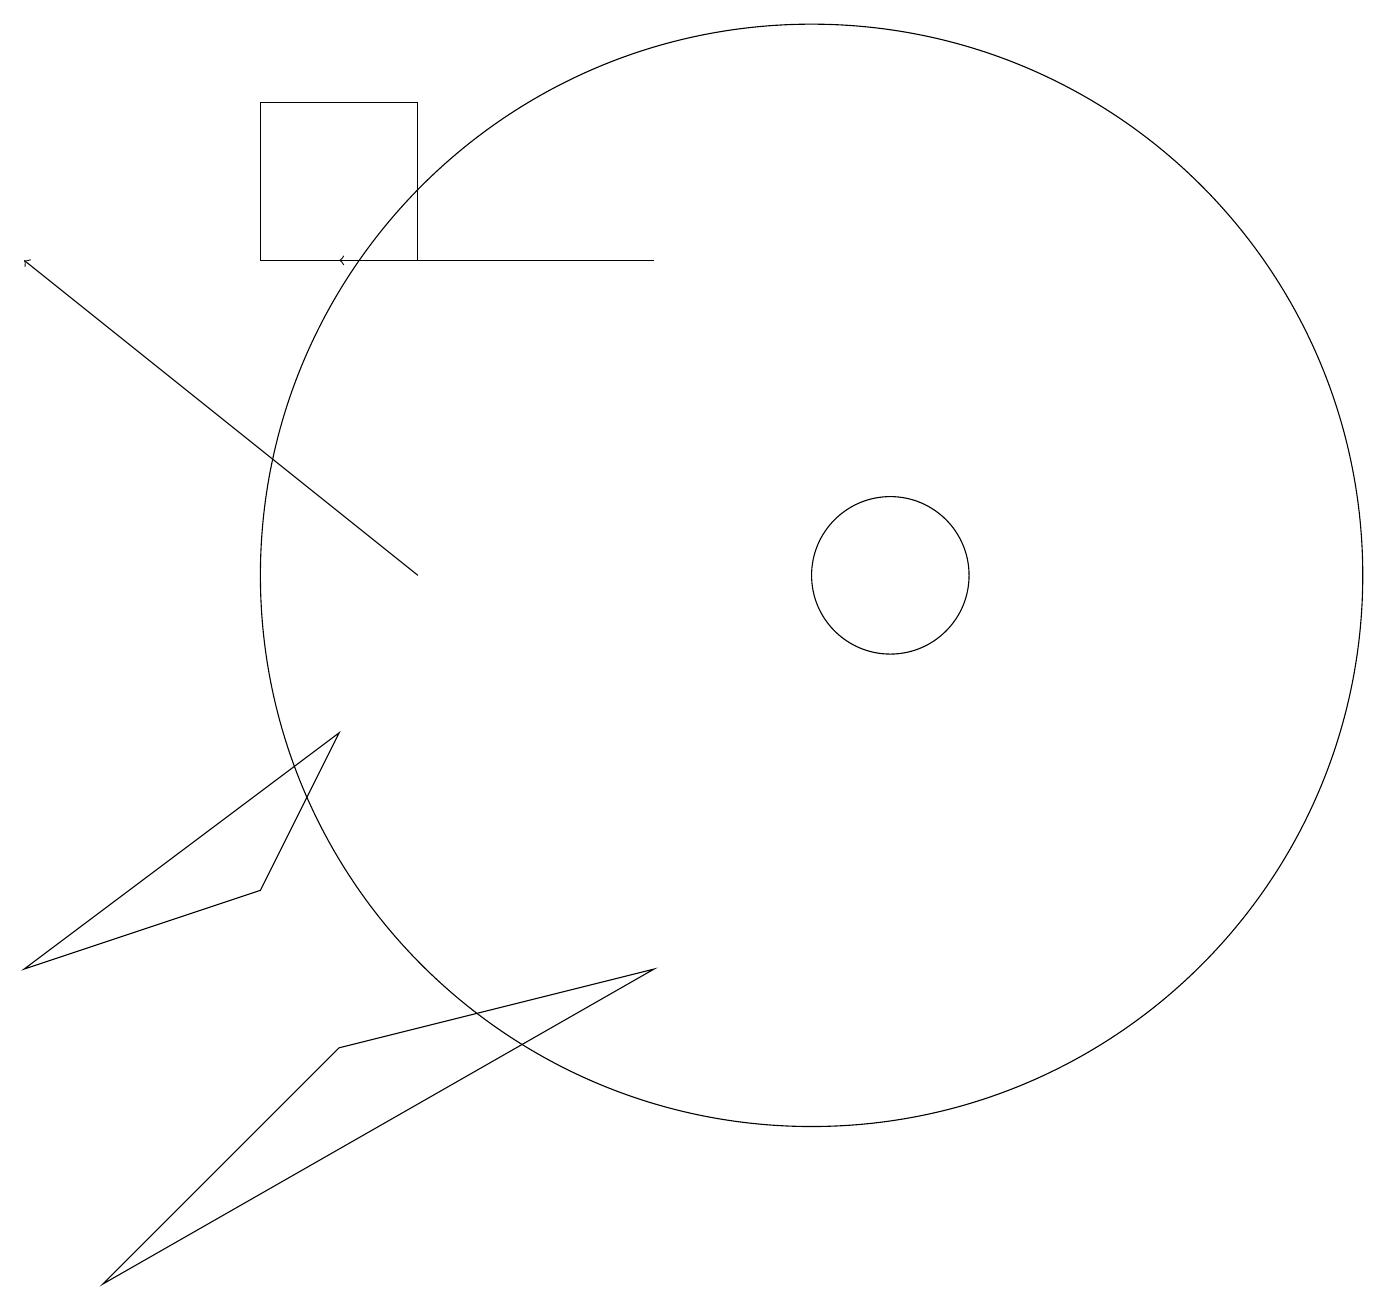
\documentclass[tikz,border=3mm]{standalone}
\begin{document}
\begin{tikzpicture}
\draw (4,8) -- (3,6) -- (0,5) -- cycle;
\draw (4,4) -- (8,5) -- (1,1) -- cycle;
\draw (11,10) circle (1);
\draw[->] (5,10) -- (0,14);
\draw[->] (8,14) -- (4,14);
\draw (3,14) rectangle (5,16);
\draw (10,10) circle (7);
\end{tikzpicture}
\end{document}